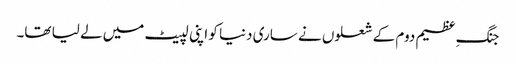
جنگِ عظیم دوم کے شعلوں نے ساری دنیا کو اپنی لپیٹ میں لے لیا تھا۔